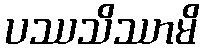
ပဿသိဿာမိ